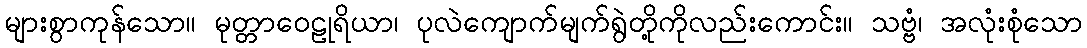
များစွာကုန်သော။ မုတ္တာဝေဠုရိယာ၊ ပုလဲကျောက်မျက်ရွဲတို့ကိုလည်းကောင်း။ သဗ္ဗံ၊ အလုံးစုံသော